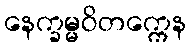
နေက္ခမ္မဝိတက္ကေန